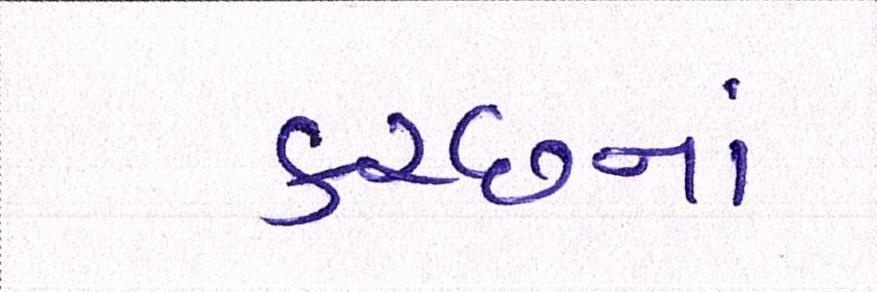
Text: કચ્છનાં